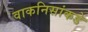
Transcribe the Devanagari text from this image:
वाकनिसांकडे